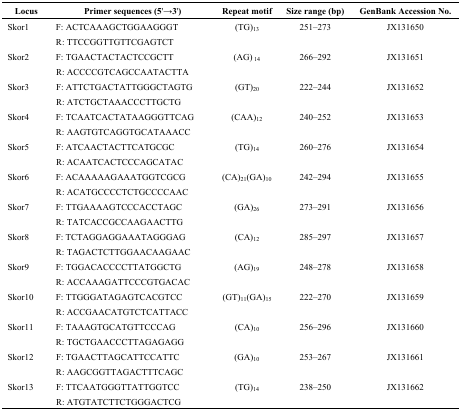
| Locus | Primer sequences (5′→3′) | Repeat motif | Size range (bp) | GenBank Accession No. |
 | --- | --- | --- | --- | --- |
 | Skor1 | F: ACTCAAAGCTGGAAGGGTR: TTCCGGTTGTTCGAGTCT | (TG)13 | 251–273 | JX131650 |
 | Skor2 | F: TGAACTACTACTCCGCTTR: ACCCCGTCAGCCAATACTTA | (AG)14 | 266–292 | JX131651 |
 | Skor3 | F: ATTCTGACTATTGGGCTAGTGR: ATCTGCTAAACCCTTGCTG | (GT)20 | 222–244 | JX131652 |
 | Skor4 | F: TCAATCACTATAAGGGTTCAGR: AAGTGTCAGGTGCATAAACC | (CAA)12 | 240–252 | JX131653 |
 | Skor5 | F: ATCAACTACTTCATGCGCR: ACAATCACTCCCAGCATAC | (TG)14 | 260–276 | JX131654 |
 | Skor6 | F: ACAAAAAGAAATGGTCGCGR: ACATGCCCCTCTGCCCCAAC | (CA)21(GA)10 | 242–294 | JX131655 |
 | Skor7 | F: TTGAAAAGTCCCACCTAGCR: TATCACCGCCAAGAACTTG | (GA)26 | 273–291 | JX131656 |
 | Skor8 | F: TCTAGGAGGAAATAGGGAGR: TAGACTCTTGGAACAAGAAC | (CA)12 | 285–297 | JX131657 |
 | Skor9 | F: TGGACACCCCTTATGGCTGR: ACCAAAGATTCCCGTGACAC | (AG)19 | 248–278 | JX131658 |
 | Skor10 | F: TTGGGATAGAGTCACGTCCR: ACCGAACATGTCTCATTACC | (GT)11(GA)15 | 222–270 | JX131659 |
 | Skor11 | F: TAAAGTGCATGTTCCCAGR: TGCTGAACCCTTAGAGAGG | (CA)10 | 256–296 | JX131660 |
 | Skor12 | F: TGAACTTAGCATTCCATTCR: AAGCGGTTAGACTTTCAGC | (GA)10 | 253–267 | JX131661 |
 | Skor13 | F: TTCAATGGGTTATTGGTCCR: ATGTATCTTCTGGGACTCG | (TG)14 | 238–250 | JX131662 |